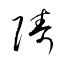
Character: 隯